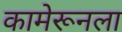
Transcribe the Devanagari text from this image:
कामेरूनला